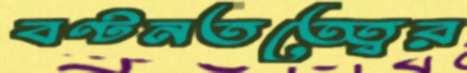
বণ্টনতত্ত্বের